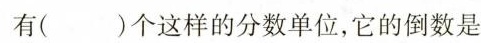
有( )个这样的分数单位，它的倒数是